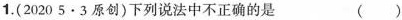
1.(2020 5·3原创)下列说法中不正确的是 ( )